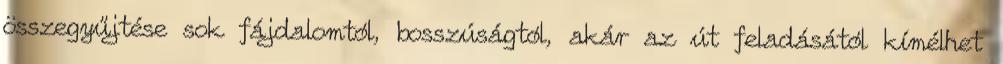
összegyűjtése sok fájdalomtól, bosszúságtól, akár az út feladásától kímélhet